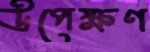
উপেক্ষণ